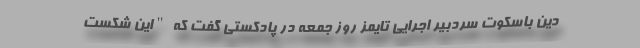
دین باسکوت سردبیر اجرایی تایمز روز جمعه در پادکستی گفت که "این شکست